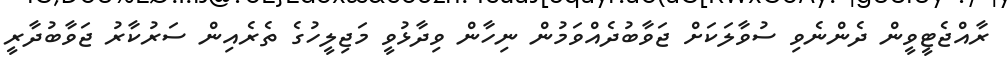
ރާއްޖެޓީވީން ދެންނެވި ސުވާލަކަށް ޖަވާބުދެއްވަމުން ނިހާން ވިދާޅުވީ މަޖިލީހުގެ ތެރެއިން ސަރުކާރު ޖަވާބުދާރީ